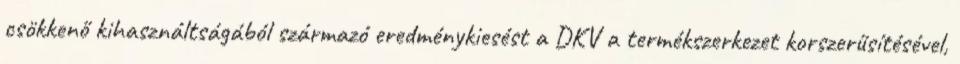
csökkenő kihasználtságából származó eredménykiesést a DKV a termékszerkezet korszerűsítésével,